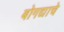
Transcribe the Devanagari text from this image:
बोगद्याचे